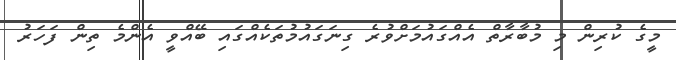
މީގެ ކުރިން މި މުބާރާތް އެއްގައުމަށްވުރެ ގިނަގައުމުތަކެއްގައި ބޭއްވީ އެންމެ ތިން ފަހަރު